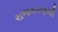
રાજકરણથી